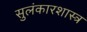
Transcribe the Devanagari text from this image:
सुलंकारशास्त्र